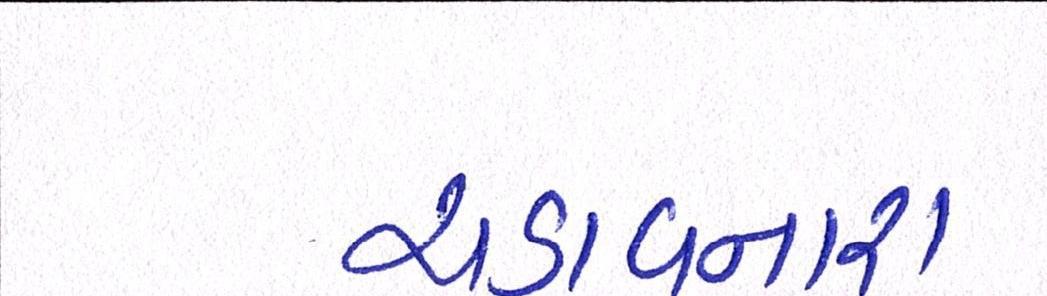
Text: ચડાવનારા